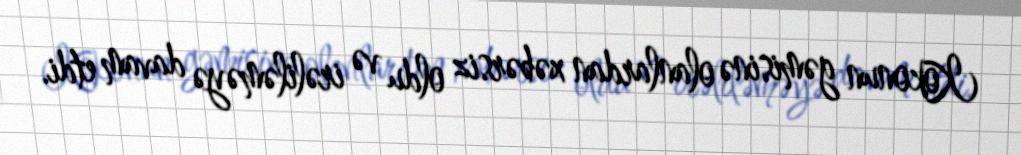
Kokonun gəmisinə olanlardan xəbərsiz oldu və irəliləməyə davam etdi.